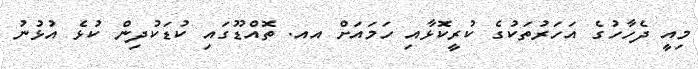
މިއީ ދެހާހުގެ އަހަރުތަކުގެ ކުރީކޮޅާއި ހަމައަށް އއ. ތޮއްޑޫގައި ކުޑަކުދިން ކުޅެ އުޅުނު